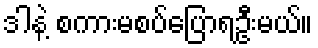
ဒါနဲ့ စကားမစပ်ပြောရဦးမယ်။